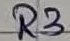
Text: R3